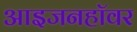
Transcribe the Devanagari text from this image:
आइजनहॉवर